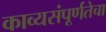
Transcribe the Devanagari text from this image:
काव्यसंपूर्णतेचा